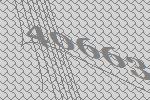
40663